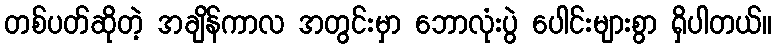
တစ်ပတ်ဆိုတဲ့ အချိန်ကာလ အတွင်းမှာ ဘောလုံးပွဲ ပေါင်းများစွာ ရှိပါတယ်။